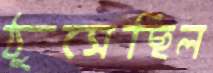
ঠুসেছিল